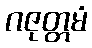
ဂဇုတ္တမံ